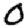
Digit: 0